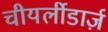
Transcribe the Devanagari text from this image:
चीयर्लीडार्ज़